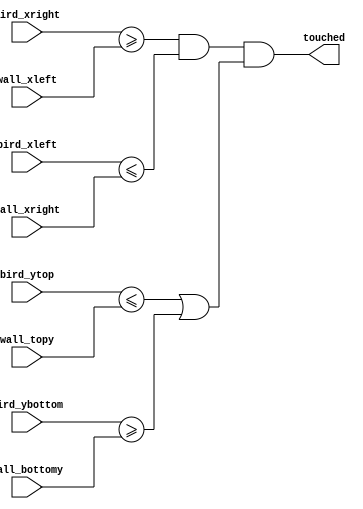
module check_touched(
	input [7:0] bird_xleft, bird_xright, bird_ytop, bird_ybottom, wall_xleft, wall_xright, wall_topy, wall_bottomy,
	output touched
);
	wire in_the_hole, touched_top_bottom;
	// check x coordinate: left and right positions of bird and wall
	assign in_the_hole = (bird_xright >= wall_xleft) && (bird_xleft <= wall_xright);
	// check y coordinate: top and bottom positions of bird and wall
	assign touched_top_bottom  = (bird_ytop <= wall_topy) || (bird_ybottom >= wall_bottomy);
	assign touched = in_the_hole && touched_top_bottom;
endmodule